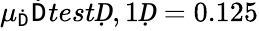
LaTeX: \mu_{\mathtt{Ḋ}}\mathrm{{\mathtt{Ḋ}}}testḌ,1Ḍ=0.125